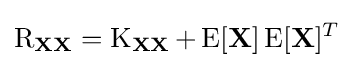
\operatorname {R} _{\mathbf {X} \mathbf {X} }=\operatorname {K} _{\mathbf {X} \mathbf {X} }+\operatorname {E} [\mathbf {X} ]\operatorname {E} [\mathbf {X} ]^{T}